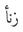
زنأ